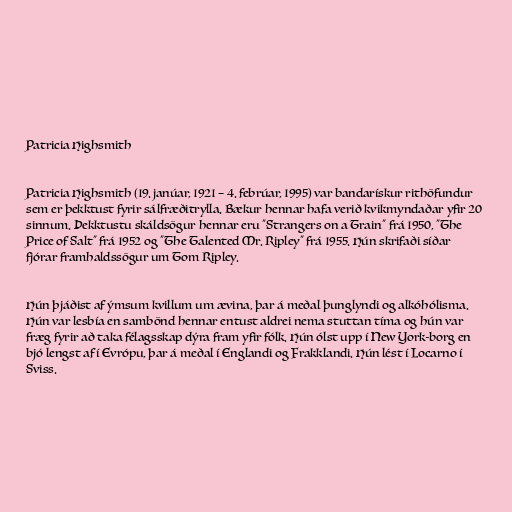
Patricia Highsmith

Patricia Highsmith (19. janúar, 1921 – 4. febrúar, 1995) var bandarískur rithöfundur
sem er þekktust fyrir sálfræðitrylla. Bækur hennar hafa verið kvikmyndaðar yfir 20
sinnum. Þekktustu skáldsögur hennar eru "Strangers on a Train" frá 1950, "The
Price of Salt" frá 1952 og "The Talented Mr. Ripley" frá 1955. Hún skrifaði síðar
fjórar framhaldssögur um Tom Ripley.

Hún þjáðist af ýmsum kvillum um ævina, þar á meðal þunglyndi og alkóhólisma.
Hún var lesbía en sambönd hennar entust aldrei nema stuttan tíma og hún var
fræg fyrir að taka félagsskap dýra fram yfir fólk. Hún ólst upp í New York-borg en
bjó lengst af í Evrópu, þar á meðal í Englandi og Frakklandi. Hún lést í Locarno í
Sviss.